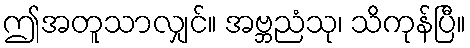
ဤအတူသာလျှင်။ အဗ္ဘညံသု၊ သိကုန်ပြီ။